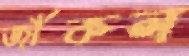
জাঁকল